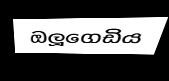
ඔලූගෙඩිය